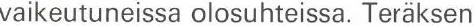
vaikeutuneissa olosuhteissa. Teräksen